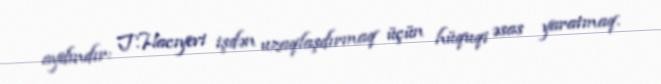
aydındır: T.Hacıyevi işdən uzaqlaşdırmaq üçün hüquqi əsas yaratmaq.